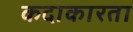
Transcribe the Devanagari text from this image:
कदाकारता